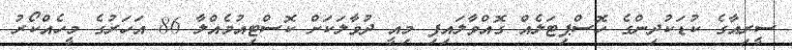
ސީރިއާގެ ކުޑަކުދިންގެ ހޮސްޕިޓަލެއް ގޮއްވާލައިފި މިއީ ދުވާލަކަށް ކޮސްޓިއުމެއްލާ 86 އަހަރުގެ މީހެއްކޯރު